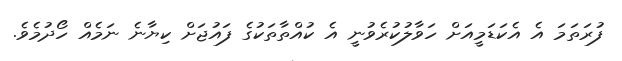
ފުރަތަމަ އެ އެކަޑަމީއަށް ހަވާލުކުރެވުނީ އެ ކުއްތާތަކުގެ ފައުޖަށް ކިޔާނެ ނަމެއް ހޯދުމެވެ.